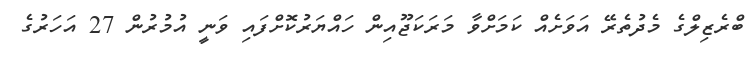
ބްރެޒިލްގެ މެދުތެރޭ އަވަށެއް ކަމަށްވާ މަރަކަޖޫއިން ހައްޔަރުކޮށްފައި ވަނީ އުމުރުން 27 އަހަރުގެ